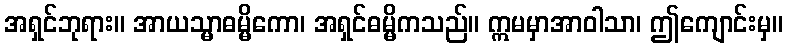
အရှင်ဘုရား။ အာယသ္မာဓမ္မိကော၊ အရှင်ဓမ္မိကသည်။ ဣမမှာအာဝါသာ၊ ဤကျောင်းမှ။